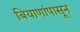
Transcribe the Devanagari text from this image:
बियाणांपासून